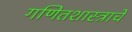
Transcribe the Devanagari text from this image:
गणितशास्त्राचे